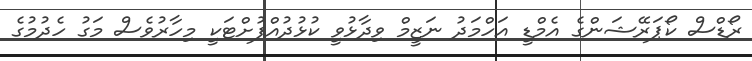
ރޯޑްސް ކޯޕަރޭޝަންގެ އެމްޑީ އަހްމަދު ނަޒީމް ވިދާޅުވީ ކުޅުދުއްފުށްޓަކީ މިހާރުވެސް މަގު ހެދުމުގެ